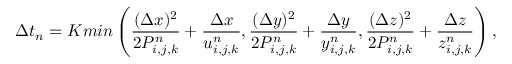
\Delta t _ { n } = K m i n \left( \frac { ( \Delta x ) ^ { 2 } } { 2 P _ { i , j , k } ^ { n } } + \frac { \Delta x } { u _ { i , j , k } ^ { n } } , \frac { ( \Delta y ) ^ { 2 } } { 2 P _ { i , j , k } ^ { n } } + \frac { \Delta y } { y _ { i , j , k } ^ { n } } , \frac { ( \Delta z ) ^ { 2 } } { 2 P _ { i , j , k } ^ { n } } + \frac { \Delta z } { z _ { i , j , k } ^ { n } } \right) ,